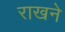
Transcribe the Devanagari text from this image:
राखने